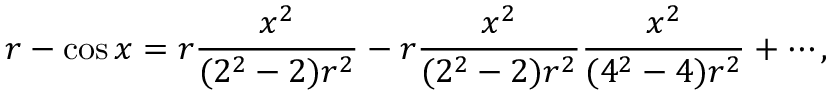
r - \cos x = r { \frac { x ^ { 2 } } { ( 2 ^ { 2 } - 2 ) r ^ { 2 } } } - r { \frac { x ^ { 2 } } { ( 2 ^ { 2 } - 2 ) r ^ { 2 } } } { \frac { x ^ { 2 } } { ( 4 ^ { 2 } - 4 ) r ^ { 2 } } } + \cdots ,